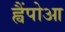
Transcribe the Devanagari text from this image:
ह्वैंपोआ